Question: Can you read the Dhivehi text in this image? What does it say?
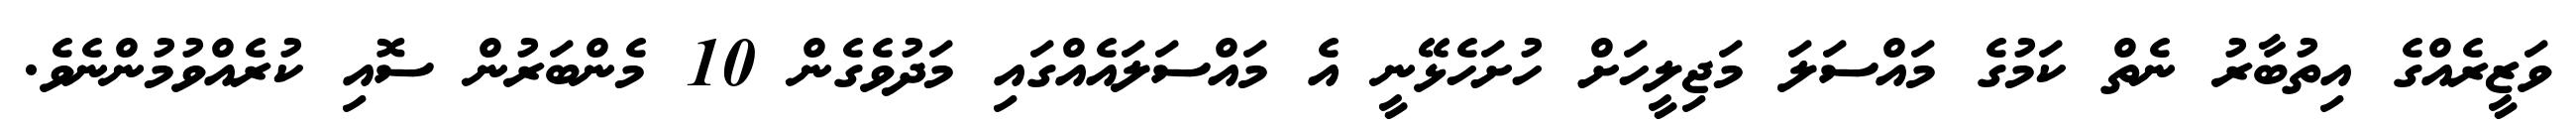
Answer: ވަޒީރެއްގެ އިތުބާރު ނެތް ކަމުގެ މައްސަލަ މަޖިލީހަށް ހުށަހެޅޭނީ އެ މައްސަލައެއްގައި މަދުވެގެން 10 މެންބަރުން ސޮއި ކުރެއްވުމުންނެވެ.